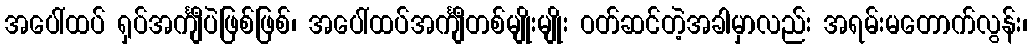
အပေါ်ထပ် ရှပ်အင်္ကျီပဲဖြစ်ဖြစ်၊ အပေါ်ထပ်အင်္ကျီတစ်မျိုးမျိုး ဝတ်ဆင်တဲ့အခါမှာလည်း အရမ်းမတောက်လွန်း၊